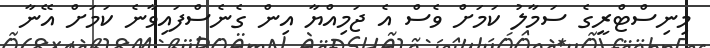
މިނިސްޓްރީގެ ސަމާލު ކަމަށް ވެސް އެ ޖަމިއްޔާ އިން ގެނެސްފައިވާނެ ކަމަށް އޭނާ